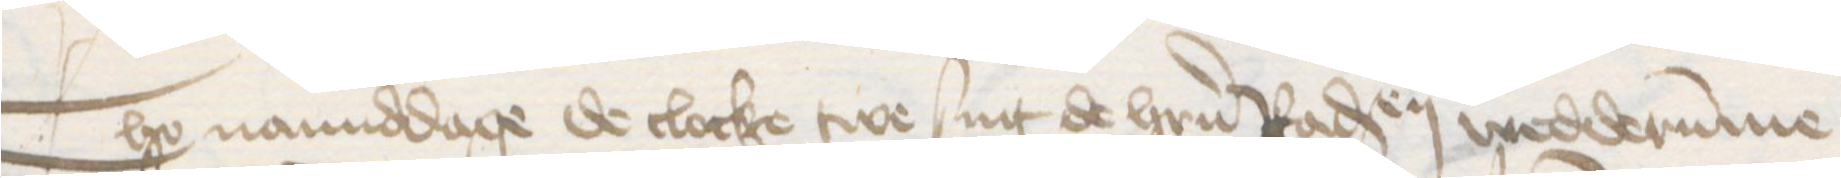
Tho namiddage de clocke twe sint de herrn Radsendeboden wedderumme